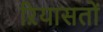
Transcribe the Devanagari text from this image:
ऱियासतों